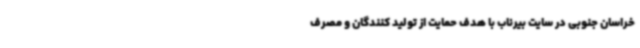
خراسان جنوبی در سایت بیرناب با هدف حمایت از تولید کنندگان و مصرف‌